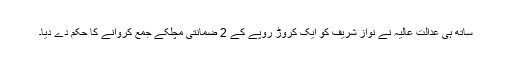
ساتھ ہی عدالت عالیہ نے نواز شریف کو ایک کروڑ روپے کے 2 ضمانتی مچلکے جمع کروانے کا حکم دے دیا۔